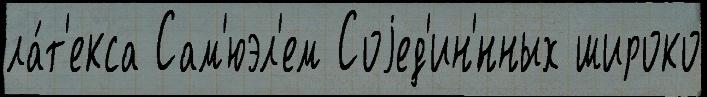
ла́т'екса Сам'юэл'ем Соjед'ин'́нных широко